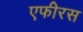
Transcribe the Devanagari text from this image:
एफीरस